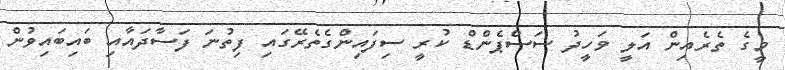
މީގެ ތެރެއިން އަލީ ވަހީދު ސަސްޕެންޑް ކުރީ ސިފައިންގެތެރޭގައި ފިތުނަ ފަސާދައާއި ބައިބައިވުން